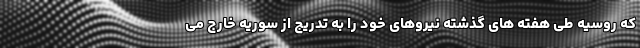
که روسیه طی هفته های گذشته نیروهای خود را به تدریج از سوریه خارج می